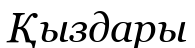
Қыздары